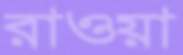
রাওয়া